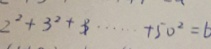
2 ^ { 2 } + 3 ^ { 2 } + 3 \cdots + 5 0 ^ { 2 } = 6